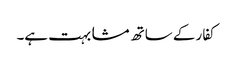
کفار کے ساتھ مشابہت ہے۔